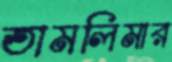
তামলিমার